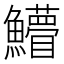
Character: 䲛